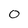
Character: 0